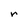
Character: r